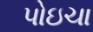
પોઇચા